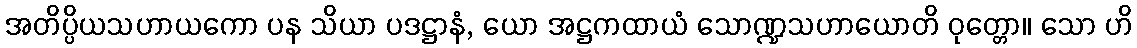
အတိပ္ပိယသဟာယကော ပန သိယာ ပဒဋ္ဌာနံ, ယော အဋ္ဌကထာယံ သောဏ္ဍသဟာယောတိ ဝုတ္တော။ သော ဟိ